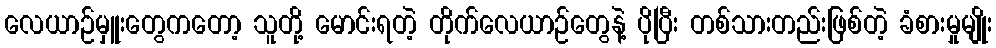
လေယာဉ်မှူးတွေကတော့ သူတို့ မောင်းရတဲ့ တိုက်လေယာဉ်တွေနဲ့ ပိုပြီး တစ်သားတည်းဖြစ်တဲ့ ခံစားမှုမျိုး